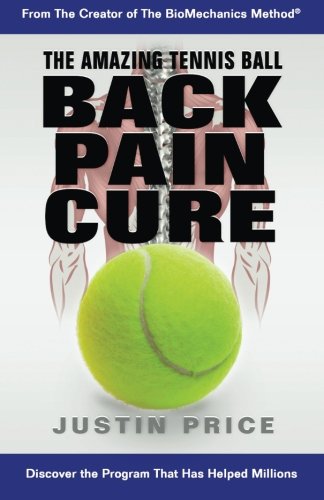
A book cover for The Amazing Tennis Ball Back Pain Cure; Justin Price; Health, Fitness & Dieting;